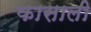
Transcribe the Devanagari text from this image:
कासाली